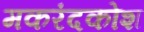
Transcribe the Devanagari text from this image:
मकरंदकोश